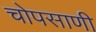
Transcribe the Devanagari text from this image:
चोपसाणी